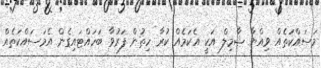
މަސައްކަތެއް ވިއްޔާ ޝާމިލް އަކީ އެކަމެއް ކުރާ ހިތުން ފަރުވާ ބަހައްޓައިގެން އެމަސައްކަތެއް